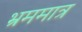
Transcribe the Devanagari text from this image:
भ्रममात्र